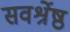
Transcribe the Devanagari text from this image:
सवर्श्रेष्ठ